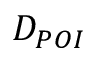
D _ { P O I }